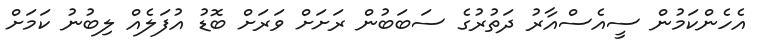
އެހެންކަމުން ސީއެސްއާރު ދަތުރުގެ ސަބަބުން ރަށަށް ވަރަށް ބޮޑު އުފަލެއް ލިބުނު ކަމަށް